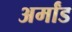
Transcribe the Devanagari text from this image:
अर्मांड